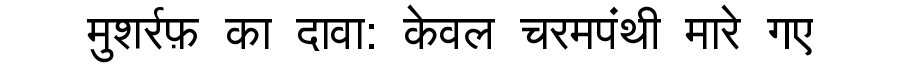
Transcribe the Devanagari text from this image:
मुशर्रफ़ का दावा: केवल चरमपंथी मारे गए